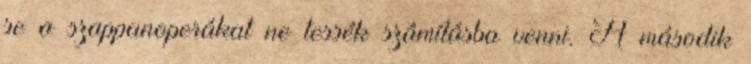
se a szappanoperákat ne tessék számításba venni. A második